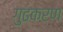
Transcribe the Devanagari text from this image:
गुढकरण